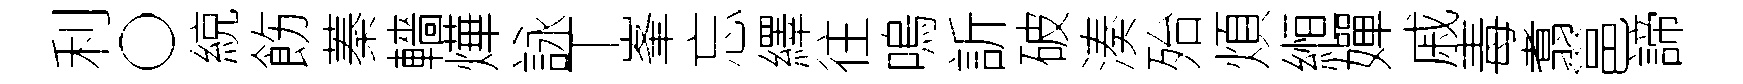
利〇綂飭蓁轖燁詠丅峯忘繹往嗚訢破湊殆煩縆嬋戚毒翥邕諦